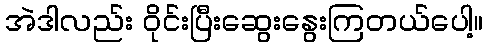
အဲဒါလည်း ဝိုင်းပြီးဆွေးနွေးကြတယ်ပေါ့။